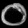
Digit: ၀